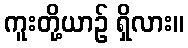
ကူးတို့ယာဉ် ရှိလား။